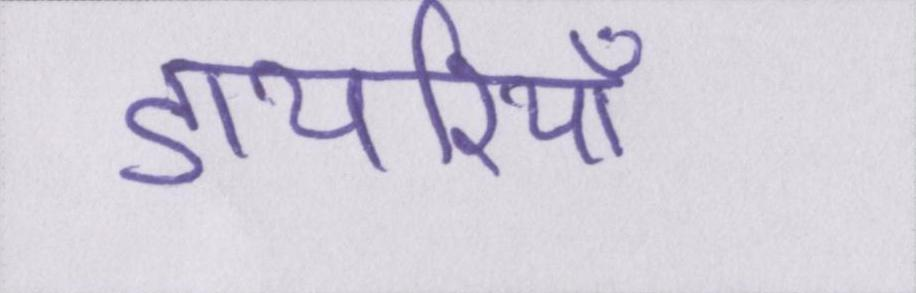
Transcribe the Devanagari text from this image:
डायरियाँ